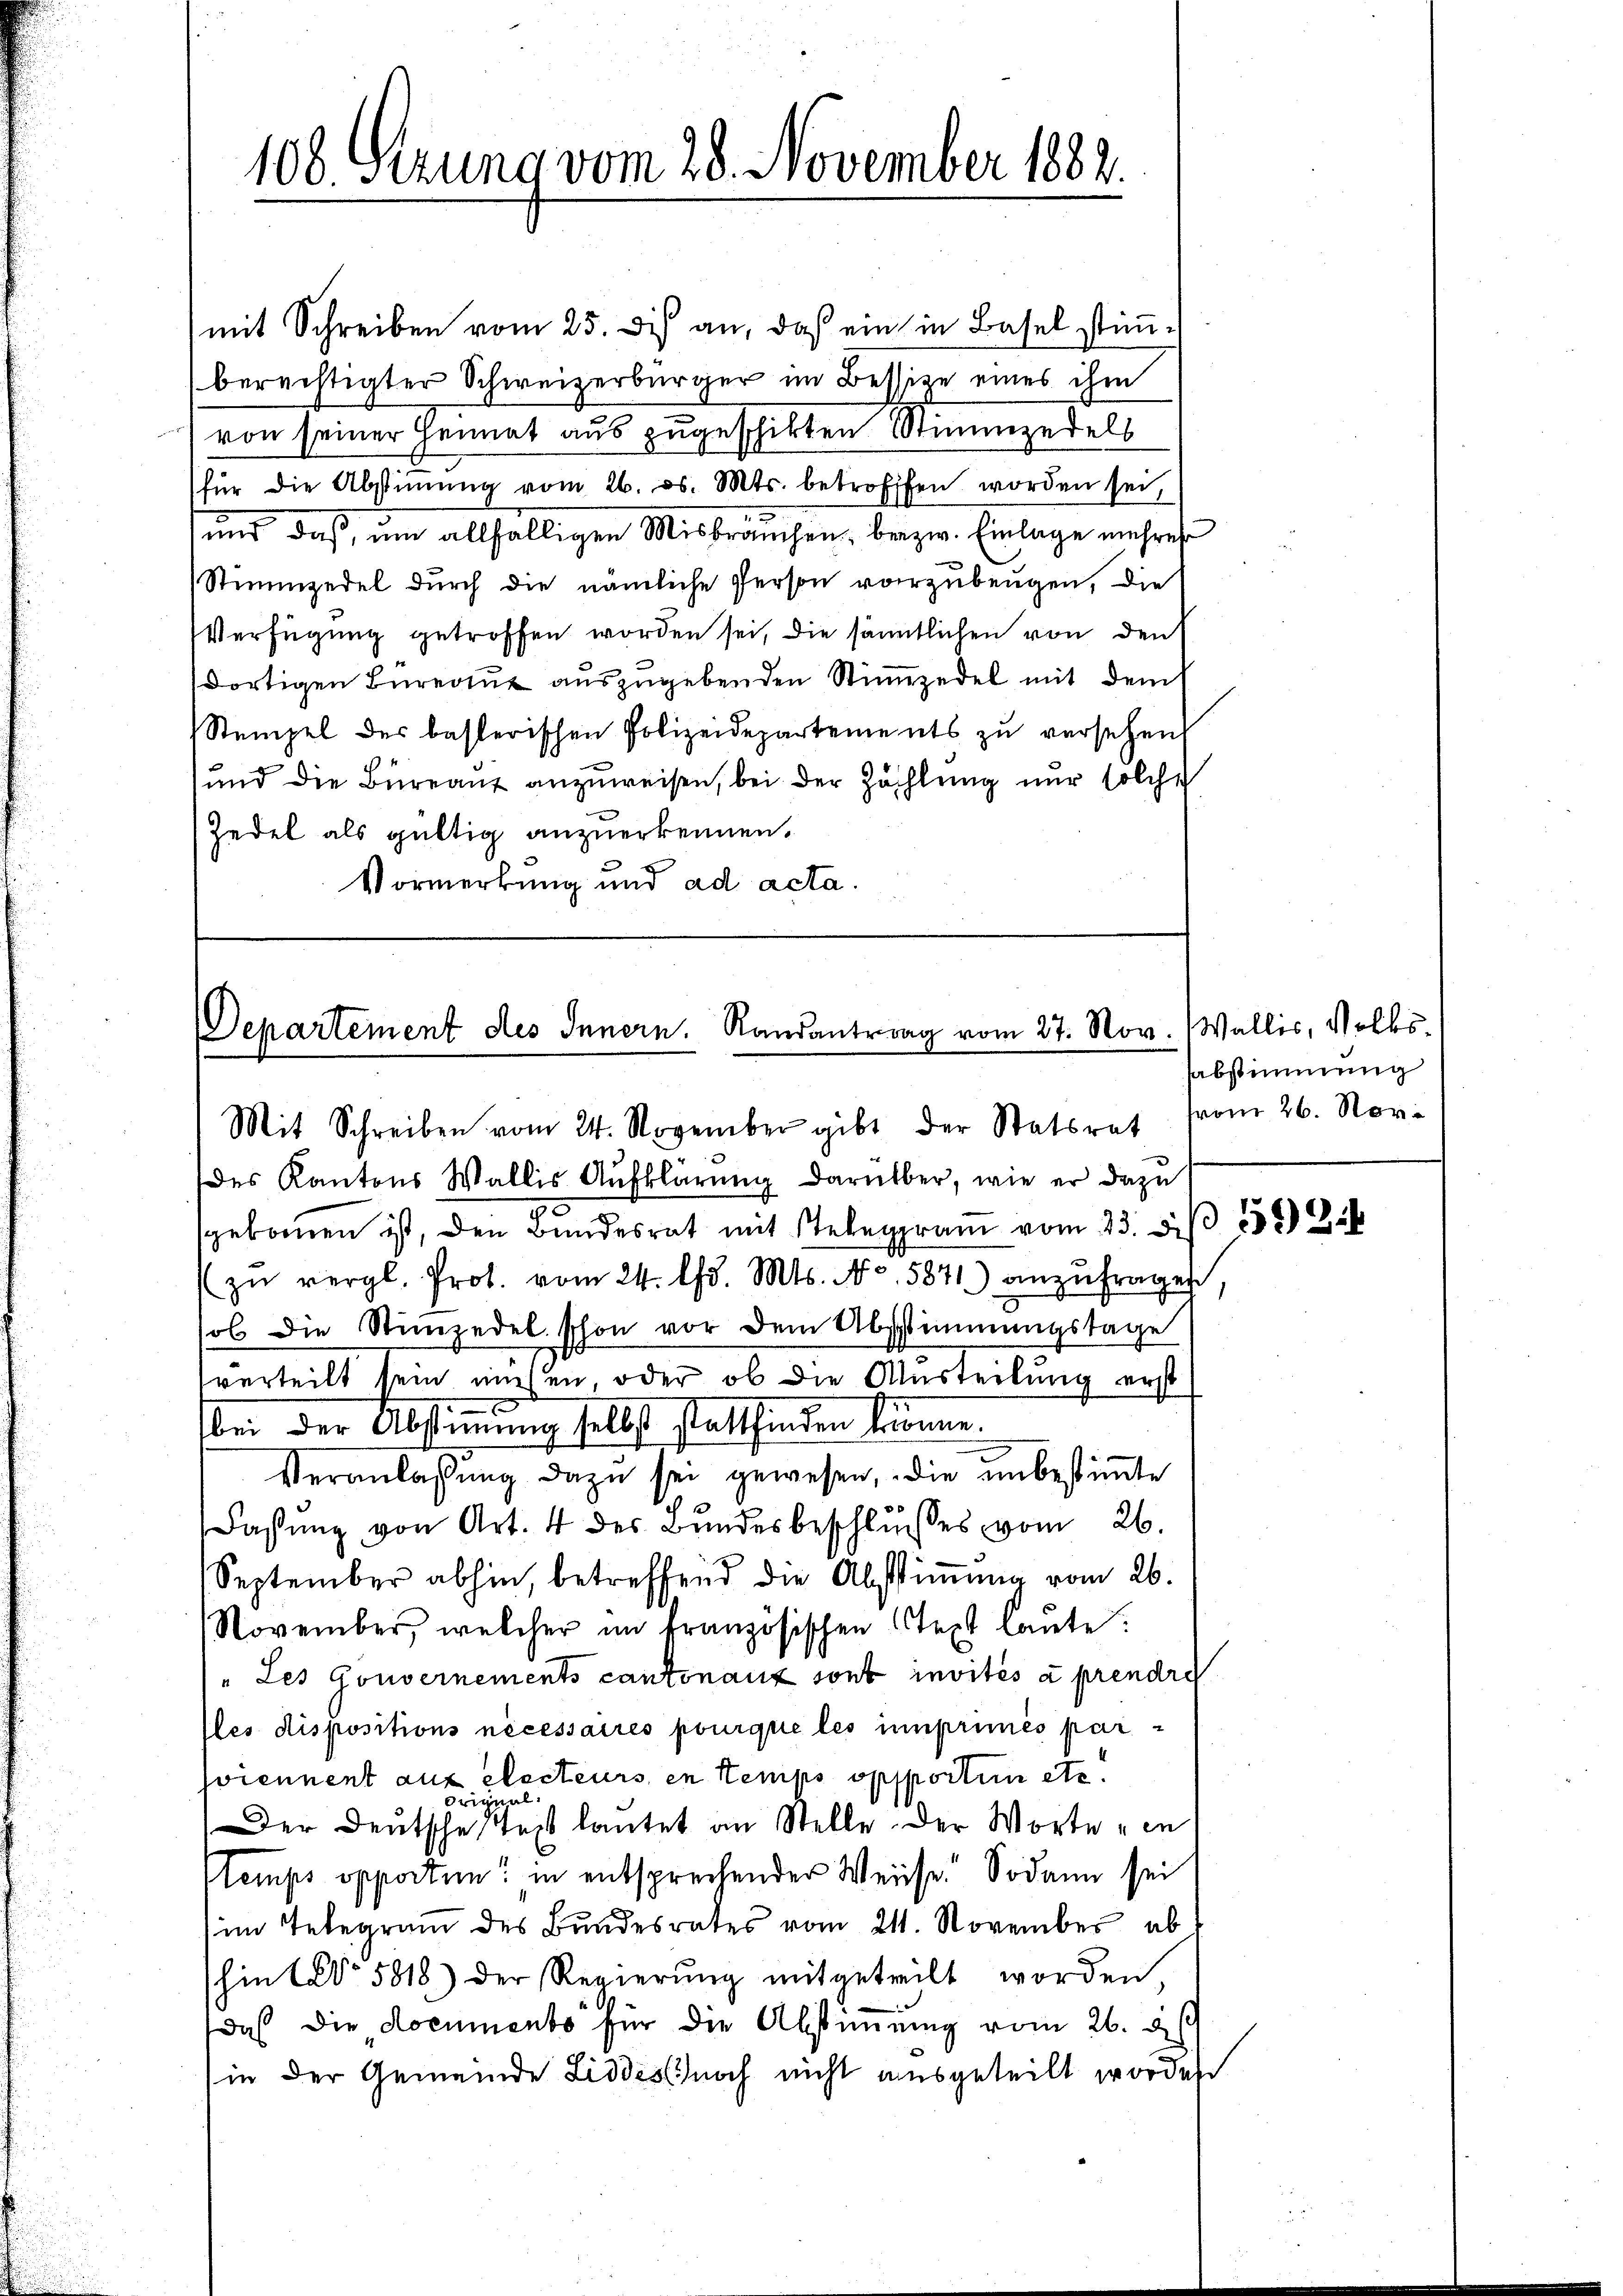
108 Sezung vom 28. November 1882.

mit Schreiben vom 25. di an, daß ein in Basel stim-
berechtigter Schweizerbürger im Bessitze eines ihm
von seiner Heimat aus zugeschikten Stimmzedels
für die Abstiṁŭng vom 26. ds. Mts. betroffen worden sei,
und daß, um allfälligen Misbrauchen, bezw. Einlage mehrer
Stimmzedel durch die nämliche Person vorzubeugen, die
Verfügung getroffen worden sei, die sämtlichen von den
dortigen Bureaut auszugebenden Stimmzedel mit dem
Stempel des basterischen Polizeidepartements zu versehen,
und die Büreant anzuweisen, bei der Zählung nur solche
Zedel als gültig anzuerkennen.
Vormerkung und ad acta.

Departement des Innern. Randantrag vom 27. Nov. Wallis, Volks¬
Mit Schreiben vom 24. November gibt der Statsrat vom 26. Nov.

des Kantons Wallis Aufklärŭng darüber, wie er dazu
3
e
gebornen ist, den Bundesrat mit Stelegram vom 23. dβ
zŭ vergl. Prot. vom 24. d. Mts. No. 5871) anzŭfragen
sol die Stimmzedel schon vor dem Abstimmungstage
vurteilt sein nieden, oder ob die Austeilung erst
bei der Abstimmung selbst stattfinden könne.
Veranlassŭng dazu sei gewesen, die unbestiṁte
Fassŭng von Art. 4 des Bŭndesbeschlŭsses vom 26.
September abhin, betreffend die Abstiṁŭng vom 26.
November, welcher im französischen Text laŭte.
" Les Gouvernements cantonanz sont invités à prendre
lles dispositions nécessaires pourque les imprimés par
soiennent aus electeurs, en Stemps opportie etc.
Frinun
Der Deutsche Tag lautet an Stelle. Der Worte ein
Stemps opporten“ in entsprechender Weise. Sodann sei
im Telegram des Bundesrates vom 21. November ab
hin No 5818) der Regierung mitgetrift worden
das die documento für die Abstimmung vom 26. d
(in der Gemeinde Liddes noch nicht ausgeteilt worden

sabstimmung